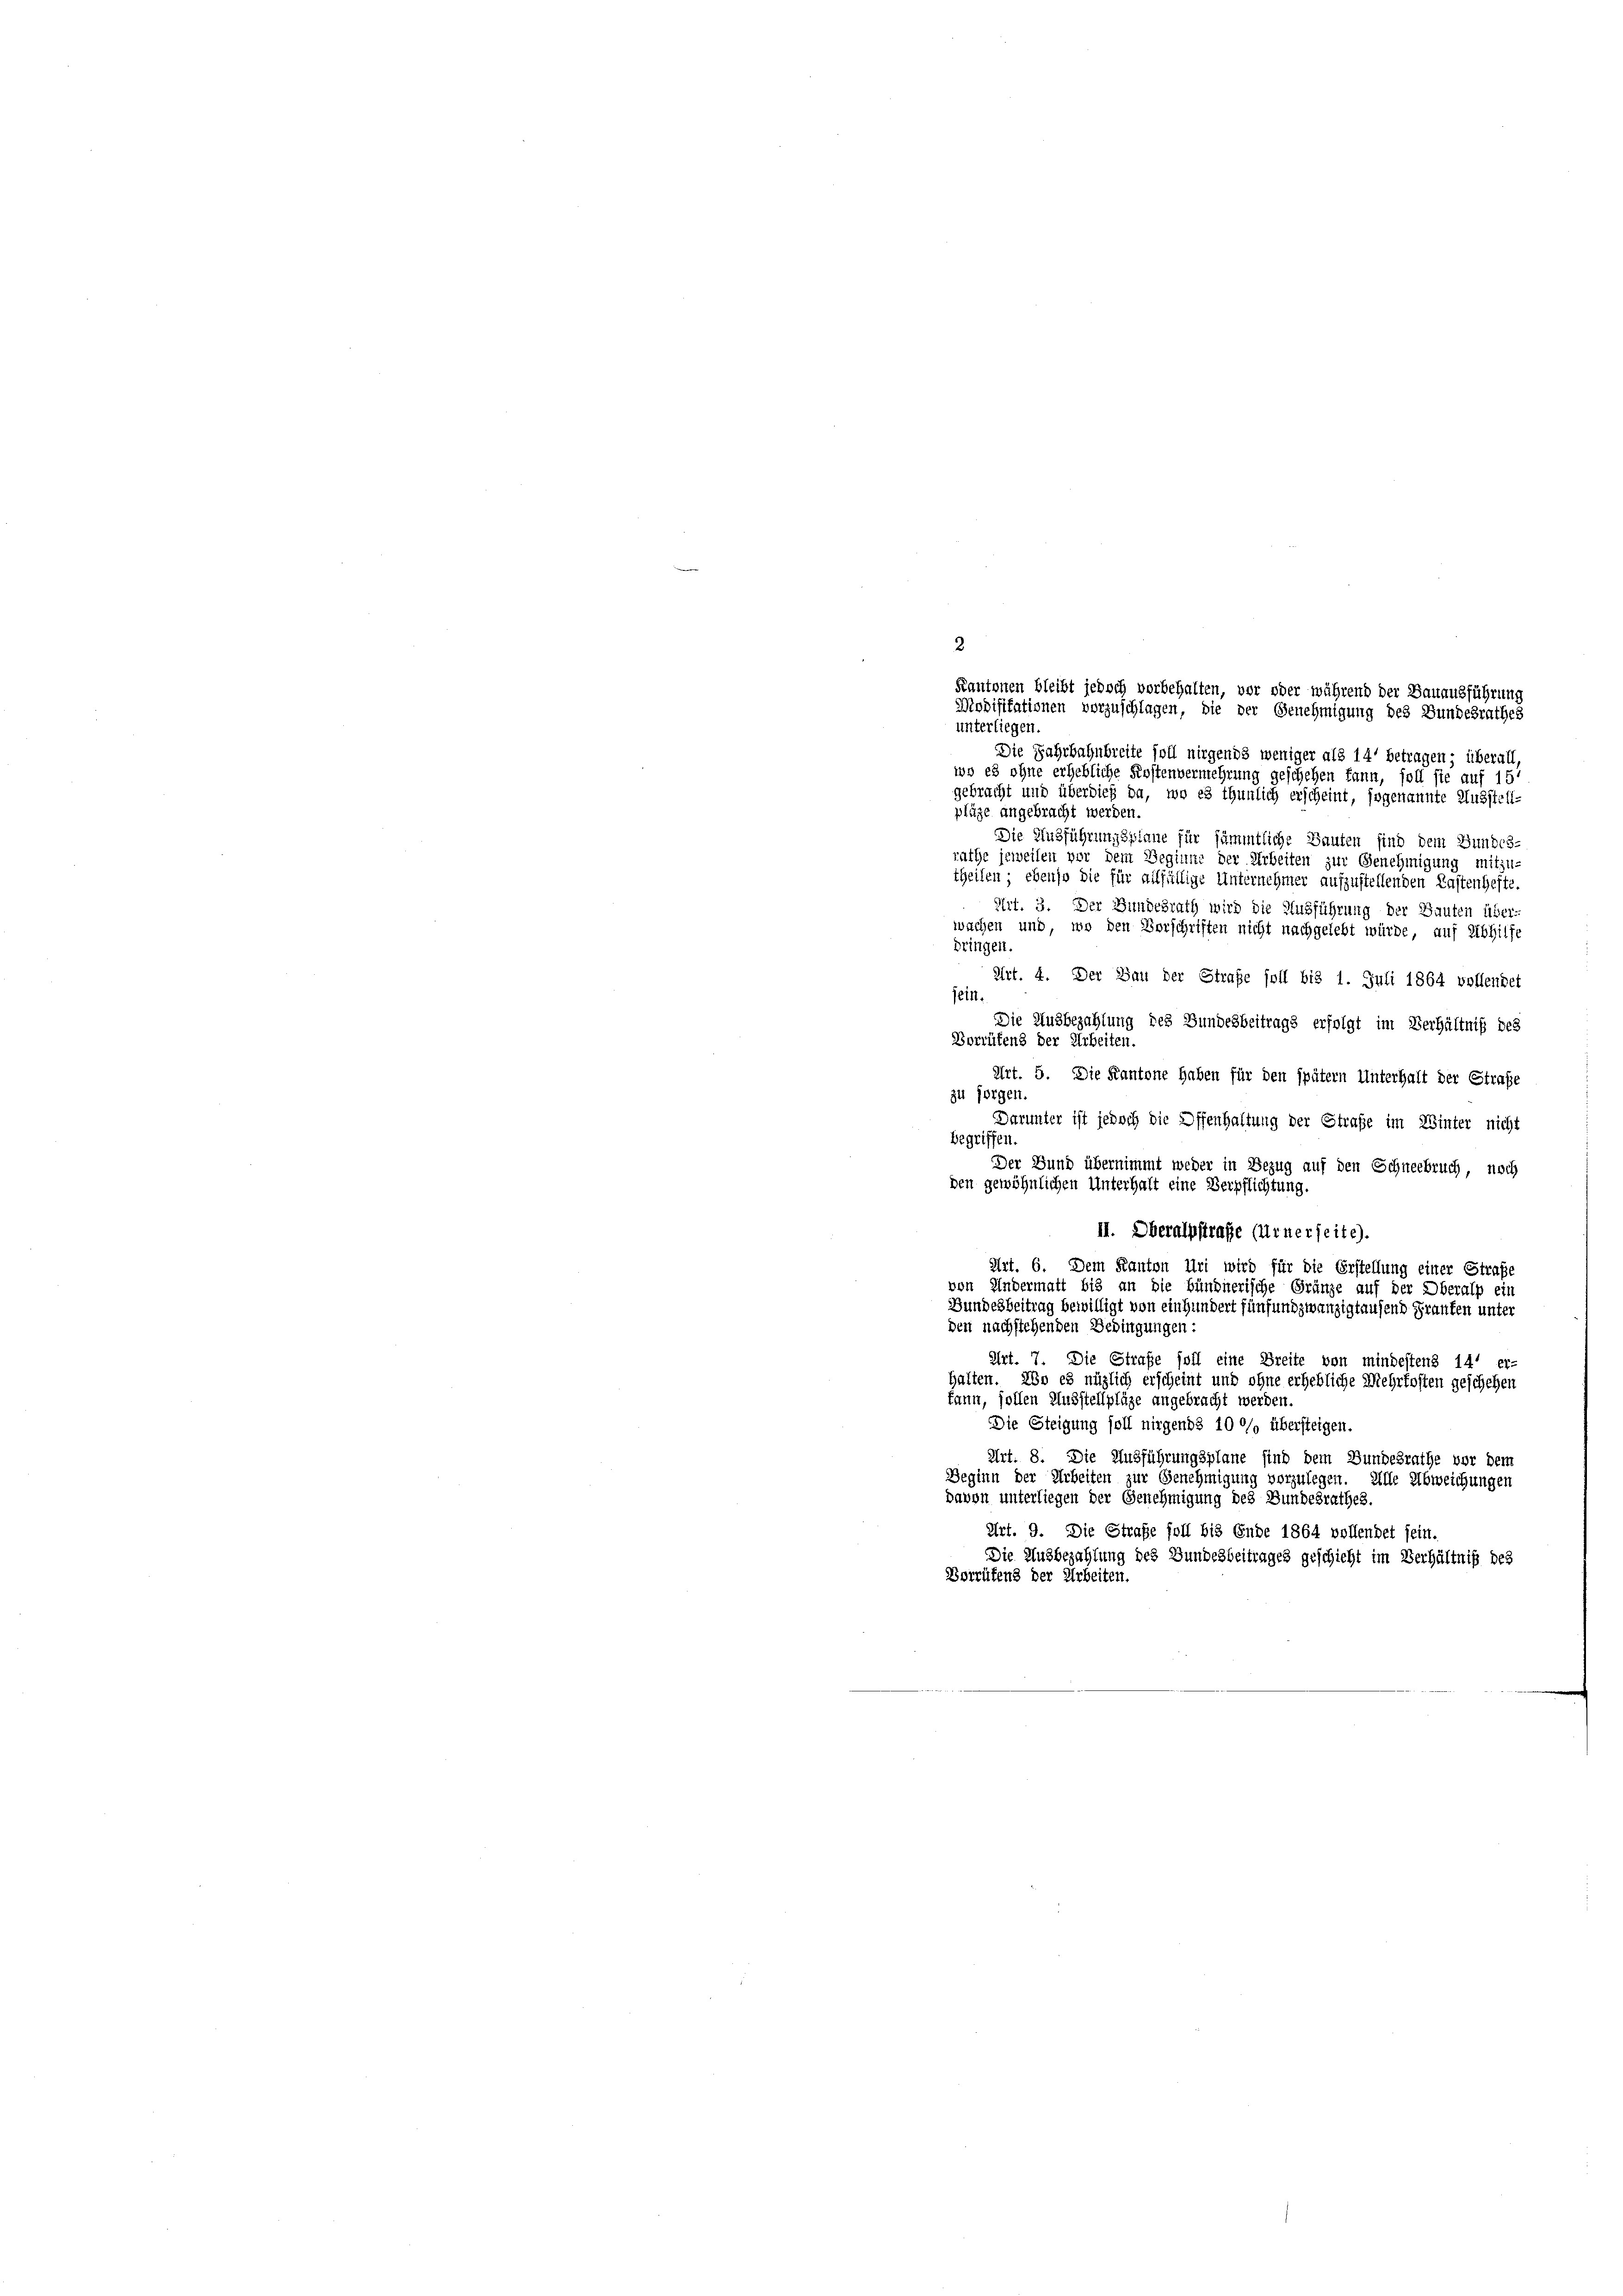
2.
Kantonen bleibt jedoch vorbehalten, vor oder während der Bauausführung
Modifikationen vorzuschlagen, die der Genehmigung des Bundesrathes
unterliegen.
Die Jahrbahnbreite soll nirgends weniger als 14 betragen; überall,
wo es ohne erhebliche Kostenvermehrung geschehen kann, soll sie auf 15

gebracht und überdieß da, wo es thunlich erscheint, sogenannte Ausstell-
plüge angebracht werden.
Die Ausführungsplane für sämmtliche Bauten sind dem Bundes-
rache jeweilen vor dem Beginne der Arbeiten zur Genehmigung mitzu-
theilen; ebenso die für allfällige Unternehmer aufzustellenden Kastenhefte.
Art. 3. Der Bundesrath wird die Ausführung der Bauten über
wachen und wo den Vorschriften nicht nachgelebt würde, auf Abhilfe
dringen.
Art. 4. Der Bau der Strafe soll bis 1. Juli 1864 vollendet
jein.
Die Ausbezahlung des Bundesbeitrags erfolgt im Verhältniß des
Vorrüfend der Arbeiten.
Art. 5. Die Kantone haben für den spätem Unterhalt der Straße
zu sorgen
Darunter ist jedoch die Offenhaltung der Straße im Winter nicht
Begriffen.
Der Bund übernimmt weder in Bezug auf den Schneebruch, noch
den gewöhnlichen Unterhalt eine Verpflichtung.
II. Oberalpstraße (Urnerseite).
Art. 6. Dem Kanton Uri wird für die Erstellung einer Straße
von Kindermatt bis an die Bündnerische Gränze auf der Oberalp ein
Bundesbeitrag bewilligt von einhundert fünfundzwanzigtausend Franken unter
den nachstehenden Bedingungen:
Art. 7. Die Strafe soll eine Breite von mindestens 14 er-
halten. Wo es möglich erscheint und ohne erhebliche Mehrkosten geschehen
kann, sollen Ausstellpläge angebracht werden.
Die Steigung soll nirgends 100% übersteigen.
Art. 8. Die Ausführungsplane sind dem Bundesrathe vor dem
Beginn der Arbeiten zur Genehmigung vorzulegen. Alle Abweichungen
davon unterliegen der Genehmigung des Bundesrathes.
Art. 9. Die Straße soll bis Ende 1864 vollendet sein.
Die Ausbezahlung des Bundesbeitrages geschicht im Verhältniß des
Vorrütens der Arbeiten